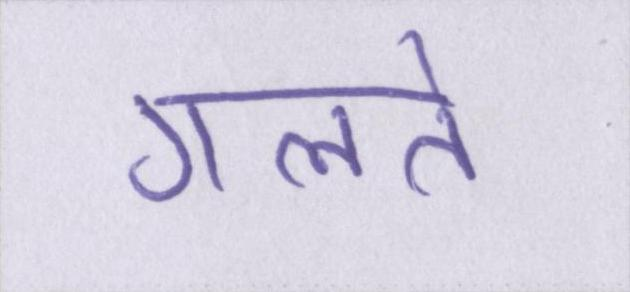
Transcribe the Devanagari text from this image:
गलते